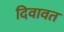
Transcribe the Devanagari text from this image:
दिवावत